Vital statistics of India. Vol. V, Reports of 1876 on armies & jails and on epidemic cholera
Year: 1876
Disease focus: Cholera
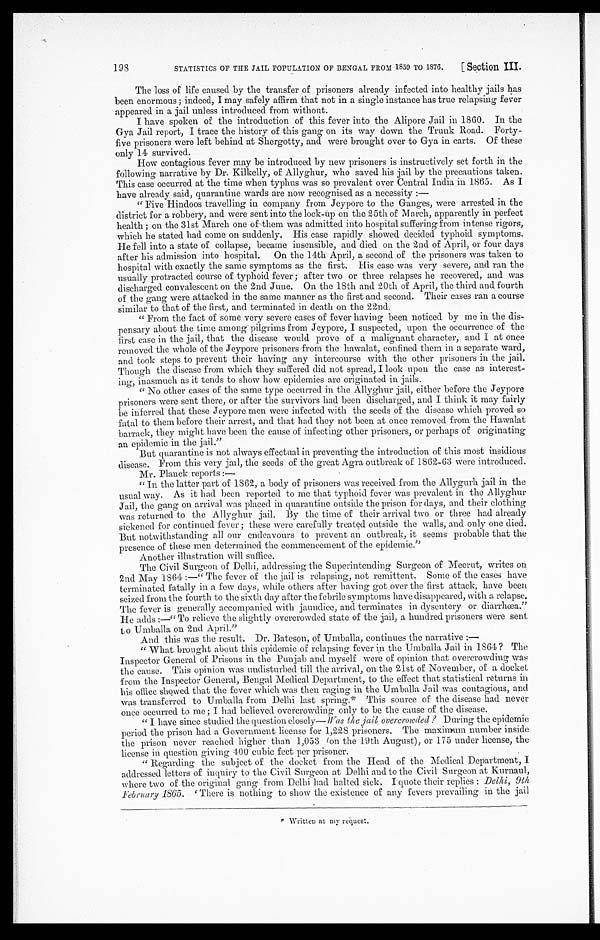
STATISTICS OF THE JAIL POPULATION OF BENGAL FROM 1859 TO 1876.
[ Section III.
198
The loss of life caused by the transfer of prisoners already infected into healthy jails has
been enormous; indeed, I may safely affirm that not in a single instance has true relapsing fever
appeared in a jail unless introduced from without.
I have spoken of the introduction of this fever into the Alipore Jail in 1860. In the
Gya Jail report, I trace the history of this gang on its way down the Trunk Road. Forty
-five prisoners were left behind at Shergotty, and were brought over to Gya in carts. Of these
only 14 survived.
How contagious fever may be introduced by new prisoners is instructively set forth in the
following narrative by Dr. Kilkelly, of Allyghur, who saved his jail by the precautions taken.
This case occurred at the time when typhus was so prevalent over Central India in 1865. As I
have already said, quarantine wards are now recognised as a necessity :—
" Five Hindoos travelling in company from Jeypore to the Ganges, were arrested in the
district for a robbery, and were sent into the lock-up on the 25th of March, apparently in perfect
health; on the 31st March one of them was admitted into hospital suffering from intense rigors,
which he stated had come on suddenly. His case rapidly showed decided typhoid symptoms.
He fell into a state of collapse, became insensible, and died on the 2nd of April, or four days
after his admission into hospital. On the 14th April, a second of the prisoners was taken to
hospital with exactly the same symptoms as the first. His case was very severe, and ran the
usually protracted course of typhoid fever; after two or three relapses he recovered, and was
discharged convalescent on the 2nd June. On the 18th and 20th of April, the third and fourth
of the gang were attacked in the same manner as the first and second. Their cases ran a course
similar to that of the first, and terminated in death on the 22nd.
" From the fact of some very severe cases of fever having been noticed by me in the dis
-pensary about the time among pilgrims from Jeypore, I suspected, upon the occurrence of the
first case in the jail, that the disease would prove of a malignant character, and I at once
removed the whole of the Jeypore prisoners from the hawalat, confined them in a separate ward,
and took steps to prevent their having any intercourse with the other prisoners in the jail.
Though the disease from which they suffered did not spread, I look upon the case as interest
-ing, inasmuch as it tends to show how epidemics are originated in jails.
" No other cases of the same type occurred in the Allyghur jail, either before the Jeypore
prisoners were sent there, or after the survivors had been discharged, and I think it may fairly
be inferred that these Jeypore men were infected with the seeds of the disease which proved so
fatal to them before their arrest, and that had they not been at once removed from the Hawalat
barrack, they might have been the cause of infecting other prisoners, or perhaps of originating
an epidemic in the jail."
But quarantine is not always effectual in preventing the introduction of this most insidious
disease. From this very jail, the seeds of the great Agra outbreak of 1862-63 were introduced.
Mr. Planck reports :—
" In the latter part of 1862, a body of prisoners was received from the Allygurh jail in the
usual way. As it had been reported to me that typhoid fever was prevalent in the Allyghur
Jail, the gang on arrival was placed in quarantine outside the prison for days, and their clothing
was returned to the Allyghur jail. By the time of their arrival two or three had already
sickened for continued fever; these were carefully treated outside the walls, and only one died.
But notwithstanding all our endeavours to prevent an outbreak, it seems probable, that the
presence of these men determined the commencement of the epidemic."
Another illustration will suffice.
The Civil Surgeon of Delhi, addressing the Superintending Surgeon of Meerut, writes on
2nd May 1864 :—" The fever of the jail is relapsing, not remittent. Some of the cases have
terminated fatally in a few days, while others after having got over the first attack, have been
seized from the fourth to the sixth day after the febrile symptoms have disappeared, with a relapse.
The fever is generally accompanied with jaundice, and terminates in dysentery or diarrhœa."
He adds :—" To relieve the slightly overcrowded state of the jail, a hundred prisoners were sent
t o Umballa on 2nd April."
And this was the result. Dr. Bateson, of Umballa, continues the narrative :—
" What brought about this epidemic of relapsing fever in the Umballa Jail in 1864 ? The
Inspector General of Prisons in the Punjab and myself were of opinion that overcrowding was
the cause. This opinion was undisturbed till the arrival, on the 21st of November, of a docket
from the Inspector General, Bengal Medical Department, to the effect that statistical returns in
his office showed that the fever which was then raging in the Umballa Jail was contagious, and
was transferred to Umballa from Delhi last spring.* This source of the disease had never
once occurred to me; I had believed overcrowding only to be the cause of the disease.
" I have since studied the question closely— Was the jail overcrowded ? During the epidemic
period the prison had a Government license for 1,228 prisoners. The maximum number inside
the prison never reached higher than 1,053 (on the 19th August), or 175 under license, the
license in question giving 400 cubic feet per prisoner.
" Regarding the subject of the docket from the Head of the Medical Department, I
addressed letters of inquiry to the Civil Surgeon at Delhi and to the Civil Surgeon at Kurnaul,
where two of the original gang from Delhi had halted sick. I quote their replies: Delhi, 9th
February 1865.
' T h e r e i s n o t h i n g t o s h o w t h e e x i s t e n c e o f a n y f e v e r s p r e v a i l i n g i n t h e j a i l
* Written at my request.